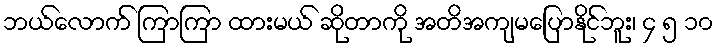
ဘယ်လောက် ကြာကြာ ထားမယ် ဆိုတာကို အတိအကျမပြောနိုင်ဘူး၊ ၄ ၅ ၁၀